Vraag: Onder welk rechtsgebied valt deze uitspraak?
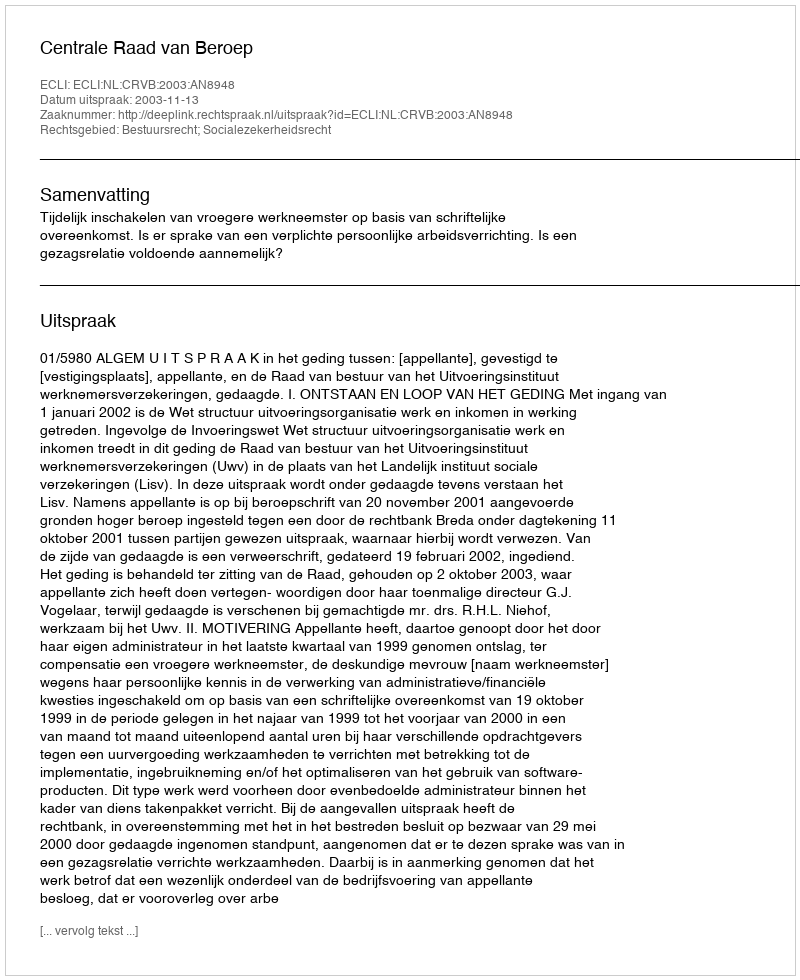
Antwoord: Bestuursrecht; Socialezekerheidsrecht